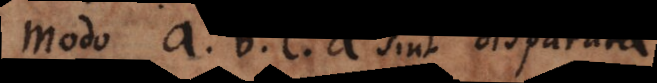
modo a, b, c, d sint disparata.